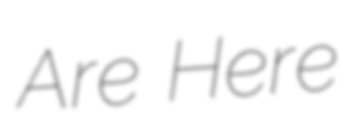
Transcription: Are Here